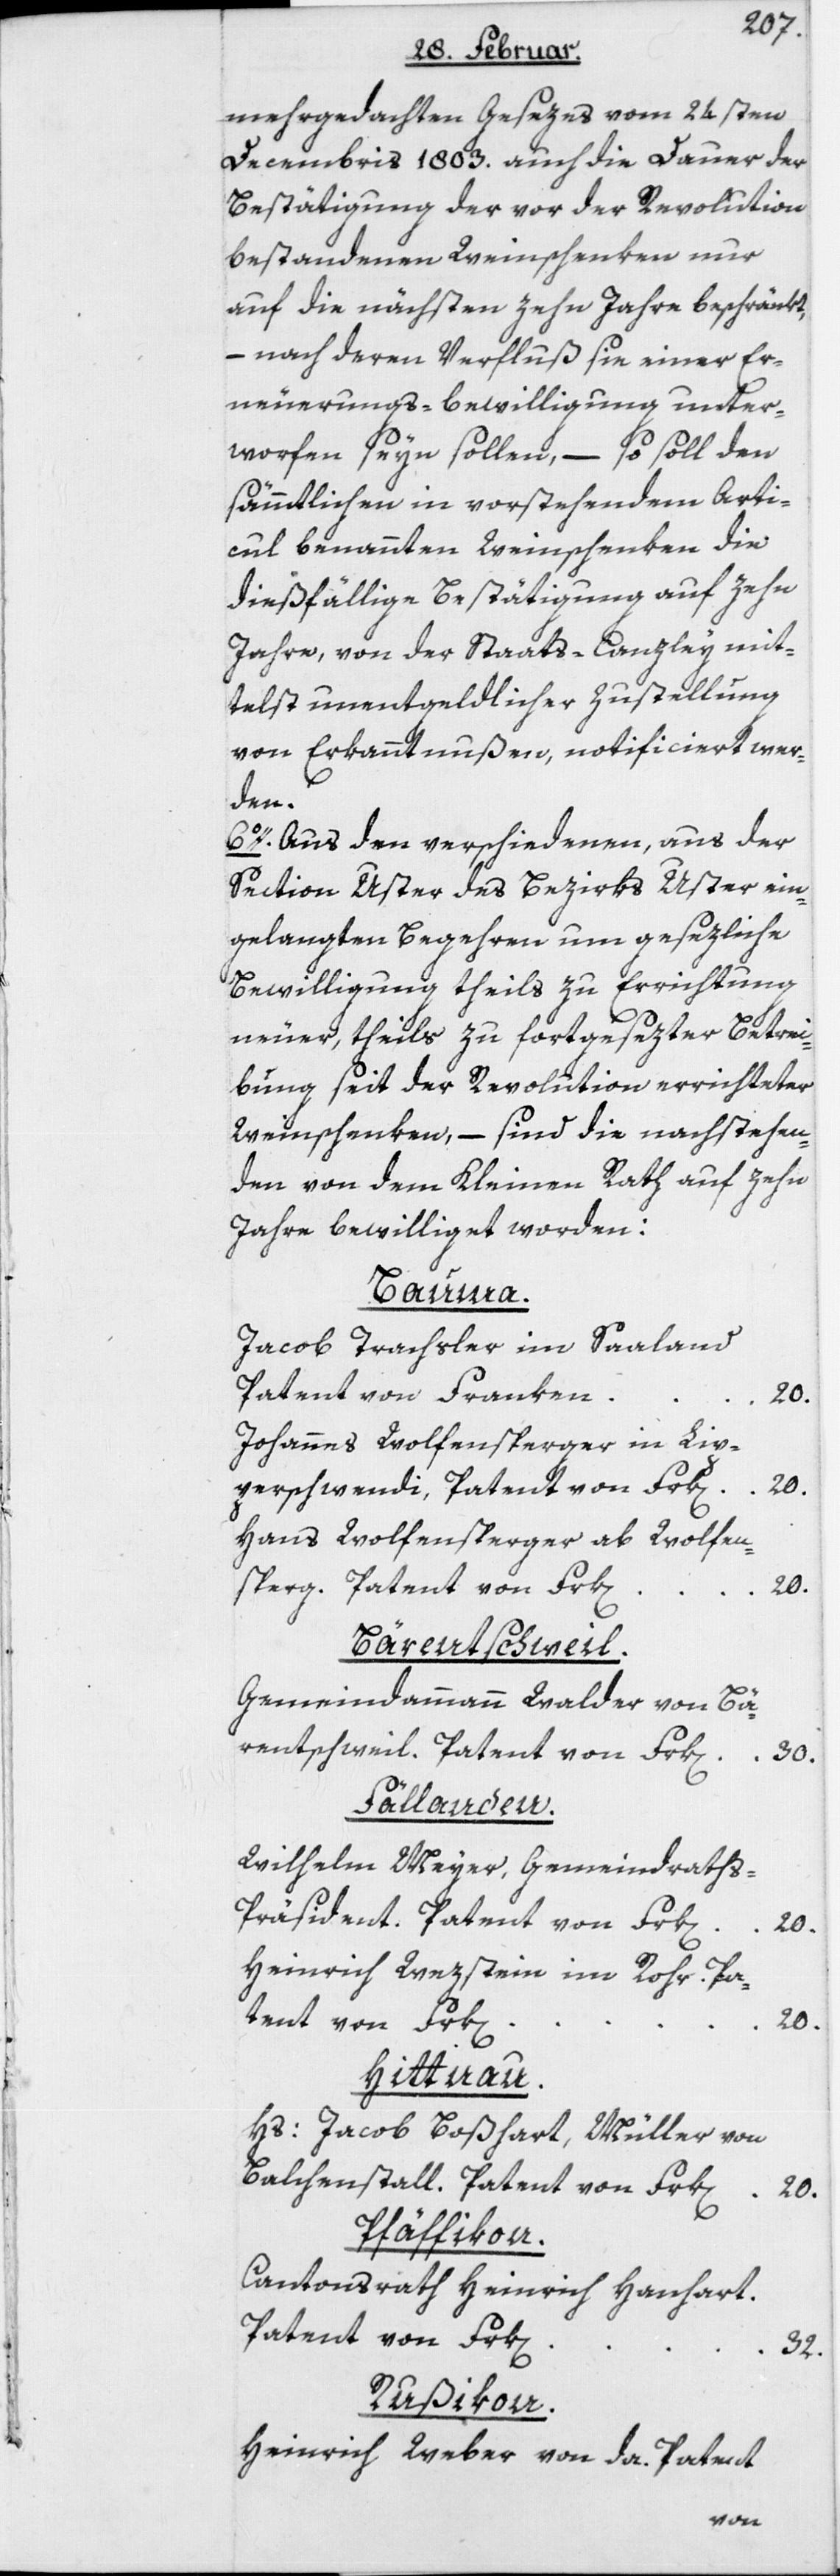
mehrgedachten Gesezes vom 24sten
Decembris 1803. auch die Dauer der
Bestätigung der vor der Revolution
bestandenen Weinschenken nur
auf die nächsten zehn Jahre beschränkt,
– nach deren Verfluß sie einer Er¬
neuerungs-bewilligung unter¬
worfen seyn sollen, – so soll den
sämmtlichen in vorstehendem Arti¬
cul benannten Weinschenken die
dießfällige Bestätigung auf zehn
Jahre, von der Staats-Canzley mit¬
telst unentgeldlicher Zustellung
von Erkanntnußen, notificiert wer¬
den.
6o. Aus den verschiedenen, aus der
Section Uster des Bezirks Uster ein¬
gelangten Begehren um gesezliche
Bewilligung theils zu Errichtung
neuer, theils zu fortgesezter Betrei¬
bung seit der Revolution errichteter
Weinschenken, – sind die nachstehen¬
den von dem Kleinen Rath auf zehn
Jahre bewilliget worden:
Bauma.
Jacob Trachsler im Saaland
Patent von Franken
20.
Johannes Wolfensperger in Lip¬
perschwendi, Patent von Frk[en]
Hans Wolfensperger ab Wolfen¬
sperg. Patent von Frk[en]
20.
Bärentschweil.
Gemeindammann Walder von Bä¬
rentschweil. Patent von Frk[en]
30.
Fällanden.
Wilhelm Meyer, Gemeindrath¬
s-Präsident. Patent von Frk[en]
20.
Heinrich Wezstein im Rohr. Pa¬
tent von Frk[en]
20.
Hittnau.
Hs: Jacob Boßhart, Müller von
Balchenstall. Patent von Frk[en] 20.
Pfäffikon.
Cantonsrath Heinrich Hanhart.
Patent von Frk[en]
32.
Rußikon.
Heinrich Weber von da. Patent